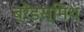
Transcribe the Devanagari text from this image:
ब्रैंडस्मिथ